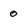
Character: o